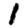
Digit: 1